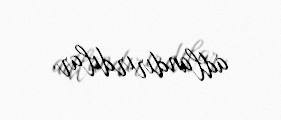
adlandırırdılar.